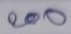
200